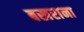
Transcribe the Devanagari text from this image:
बखराना